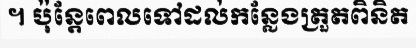
។ ប៉ុន្តែពេលទៅដល់កន្លែងត្រួតពិនិត